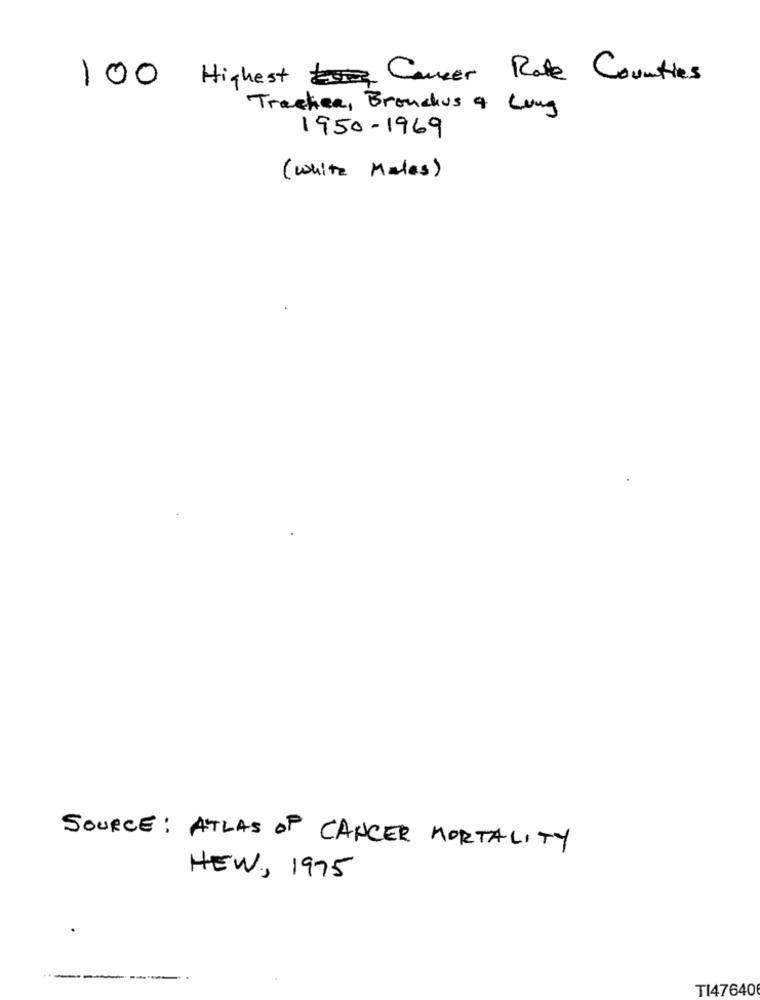
100 Highest Caner Rate Counties
Trachea, Bronchus & Lung
1950-1969
(white Males)
SOURCE: ATLAS OF CANCER MORTALITY
NEW, 1975
----
-
TI47640